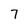
Character: 7